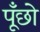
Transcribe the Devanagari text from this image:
पूँछो